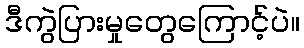
ဒီကွဲပြားမှုတွေကြောင့်ပဲ။